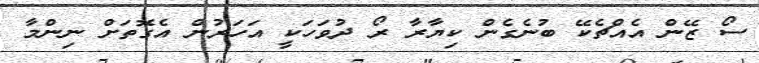
ސޯ ޒޭން އެއްޗެކޭ ބުނެގެން ކިޔާރާ ރޯ ދުވަހަކީ އަހަރުން އެގޮތަށް ނިންމާ